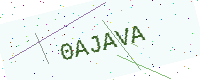
Text: 0AJAVA